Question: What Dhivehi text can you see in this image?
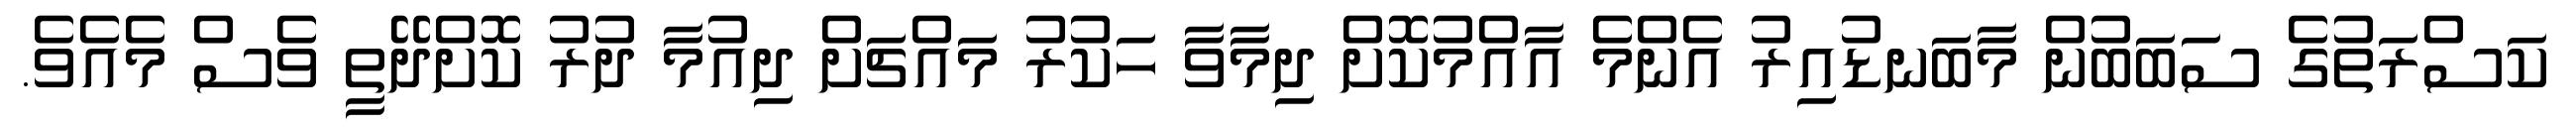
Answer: ކަސްރަތުގެ ސަބަބުން މާބަނޑުއިރު އެންމެ އާއްމުކޮށް ދިމާވާ ހަކުރު މައްޗަށް ދިއުމާ ދުރު ކޮށްދޭތީ ވެސް މެއެވެ.